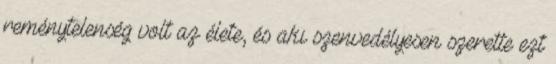
reménytelenség volt az élete, és aki szenvedélyesen szerette ezt